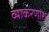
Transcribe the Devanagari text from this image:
व्याकरणांश